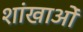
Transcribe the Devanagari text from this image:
शांखाओं